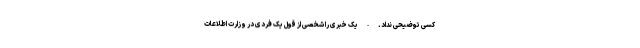
کسی توضیحی نداد. - یک خبری را شخصی از قول یک فردی در وزارت اطلاعات